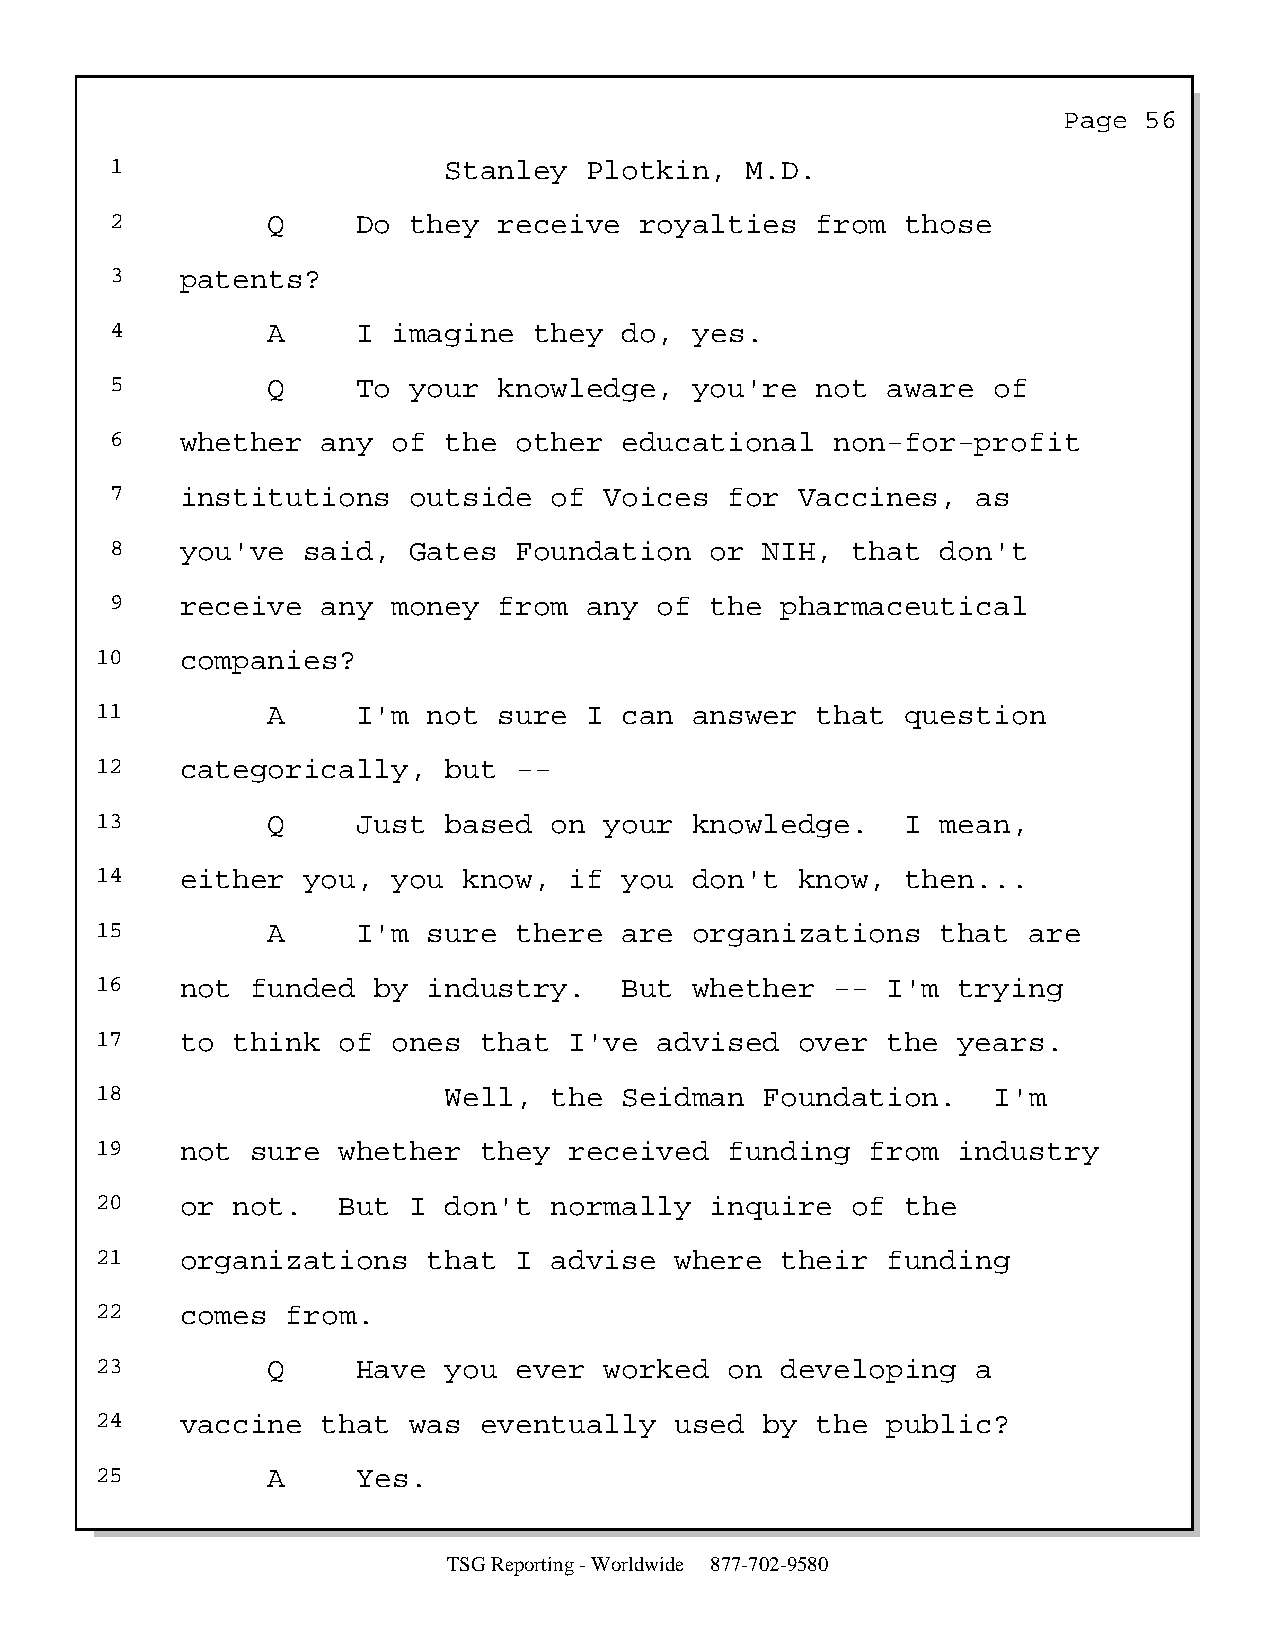
Page  56
 1                     Stanley   Plotkin,  M.D.
 2          Q     Do they  receive  royalties   from  those
 3    patents?
 4          A     I imagine  they  do,  yes.
 5          Q     To your  knowledge,   you're  not  aware  of
 6    whether  any  of the  other  educational   non-for-profit
 7    institutions   outside  of  Voices  for  Vaccines,   as
 8    you've  said,  Gates  Foundation   or  NIH, that  don't
 9    receive  any  money  from  any  of the  pharmaceutical
 10    companies?
 11          A     I'm not  sure  I can  answer  that  question
 12    categorically,   but  --
 13          Q     Just based  on  your  knowledge.    I mean,
 14    either  you,  you  know,  if you  don't  know,  then...
 15          A     I'm sure  there  are  organizations   that  are
 16    not  funded  by industry.    But  whether  --  I'm trying
 17    to think  of  ones  that  I've  advised  over  the years.
 18                     Well,  the  Seidman   Foundation.    I'm
 19    not  sure whether   they  received  funding   from industry
 20    or not.   But  I don't  normally   inquire  of  the
 21    organizations   that  I advise   where  their  funding
 22    comes  from.
 23          Q     Have you  ever  worked  on  developing   a
 24    vaccine  that  was  eventually   used  by the  public?
 25          A     Yes.
 TSG Reporting - Worldwide 877-702-9580